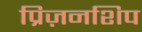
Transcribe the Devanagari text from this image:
प्रिज़नशिप